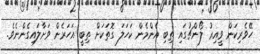
ހޭވެރިކަން ވީއިރު ލޯންޗުގައި ތިބި އެންމެން ކަހަލަ ގޮތަކަށް ތިބީ އަހަރެން ވަށާލައިގެންނެވެ.